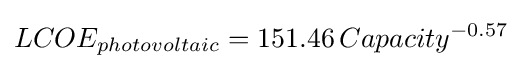
LCOE_{photovoltaic}=151.46\,Capacity^{-0.57}